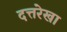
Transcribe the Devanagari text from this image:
दत्तरेखा